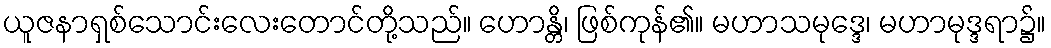
ယူဇနာရှစ်သောင်းလေးတောင်တို့သည်။ ဟောန္တိ၊ ဖြစ်ကုန်၏။ မဟာသမုဒ္ဒေ၊ မဟာမုဒ္ဒရာ၌။